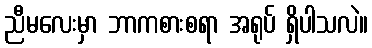
ညီမလေးမှာ ဘာကစားစရာ အရုပ် ရှိပါသလဲ။